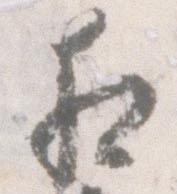
相